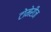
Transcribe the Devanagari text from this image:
टोमेरीज